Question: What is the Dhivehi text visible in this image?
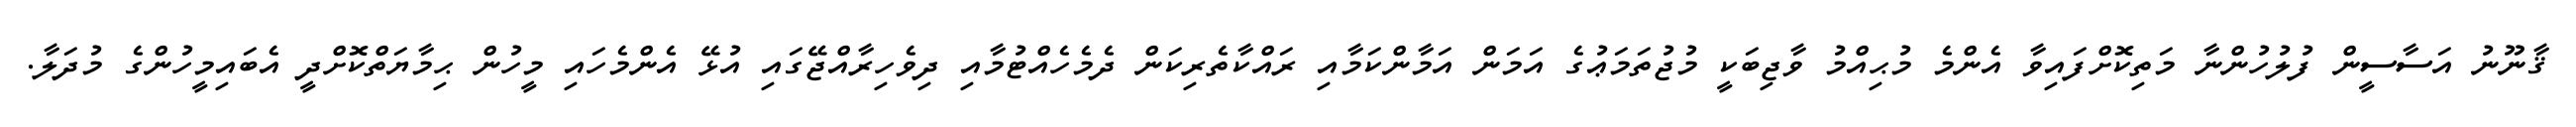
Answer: ޤާނޫނު އަސާސީން ފުލުހުންނާ މަތިކޮށްފައިވާ އެންމެ މުޙިއްމު ވާޖިބަކީ މުޖުތަމަޢުގެ އަމަން އަމާންކަމާއި ރައްކާތެރިކަން ދެމެހެއްޓުމާއި ދިވެހިރާއްޖޭގައި އުޅޭ އެންމެހައި މީހުން ޙިމާޔަތްކޮށްދީ އެބައިމީހުންގެ މުދަލާ.